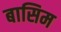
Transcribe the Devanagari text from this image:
बासिम